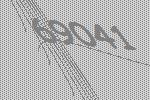
69041